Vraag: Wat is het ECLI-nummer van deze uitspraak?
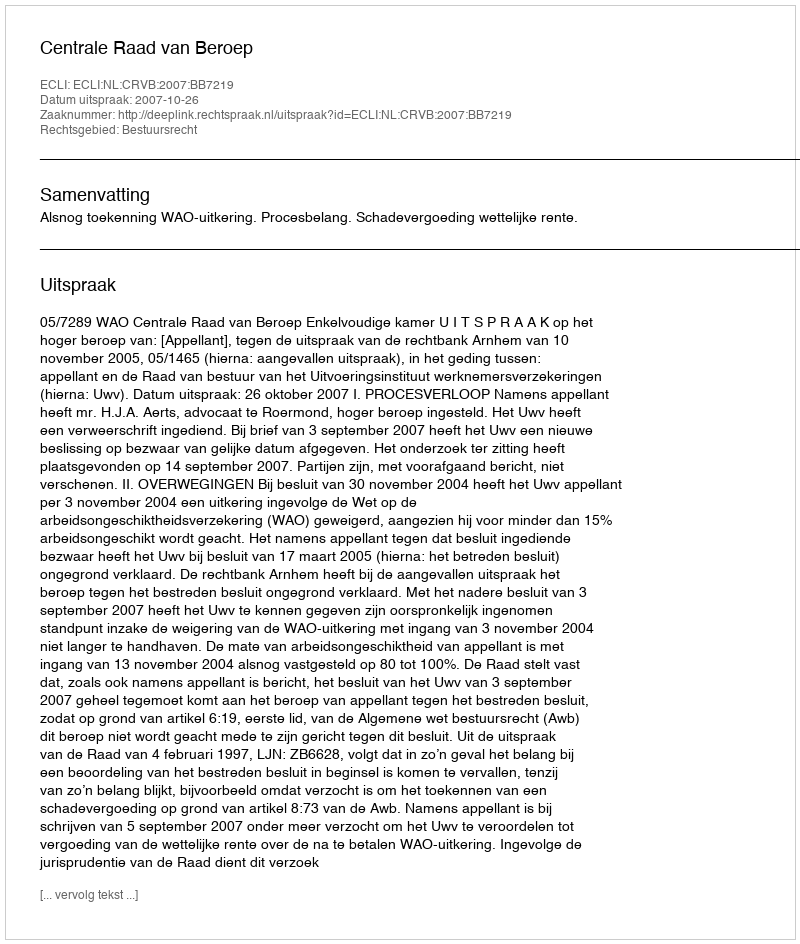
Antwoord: ECLI:NL:CRVB:2007:BB7219